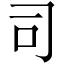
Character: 司